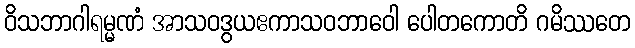
ဝိသဘာဂါရမ္မဏံ အာသဝဒွယဧကာသဝဘာဝေါ ပေါတကောတိ ဂမိဿတေ